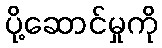
ပို့ဆောင်မှုကို